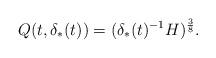
LaTeX: \begin{align*}Q(t,\delta_*(t)) = (\delta_*(t)^{-1}H)^\frac{3}{8}.\end{align*}